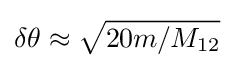
\delta \theta \approx {\sqrt {20m/M_{12}}}